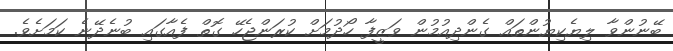
ބޭނުންވާ ލިޔެކިޔުންތައް ގެންދިއުމުން ވަޒީފާ ހޯދުމަށް ކުރަންޖެހޭ ގޮތް ފެއާގައި ބުނެދޭނެ ކަމަށެވެ.